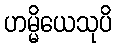
ဟမ္မိယေသုပိ